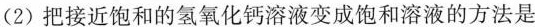
(2)把接近饱和的氢氧化钙溶液变成饱和溶液的方法是